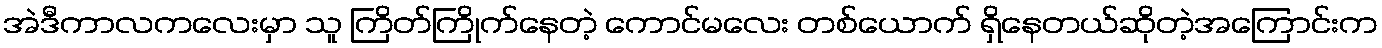
အဲဒီကာလကလေးမှာ သူ ကြိတ်ကြိုက်နေတဲ့ ကောင်မလေး တစ်ယောက် ရှိနေတယ်ဆိုတဲ့အကြောင်းက